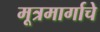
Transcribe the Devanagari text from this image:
मूत्रमार्गाचे